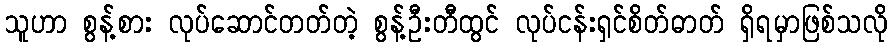
သူဟာ စွန့်စား လုပ်ဆောင်တတ်တဲ့ စွန့်ဦးတီထွင် လုပ်ငန်းရှင်စိတ်ဓာတ် ရှိရမှာဖြစ်သလို